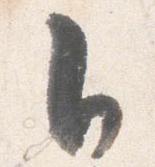
自